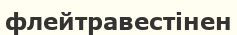
флейтравестінен